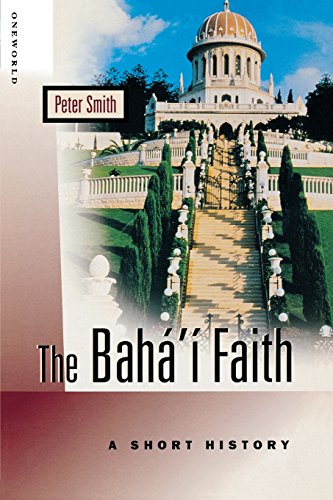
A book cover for The Baha'i Faith: A Short History; Peter Smith; Religion & Spirituality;